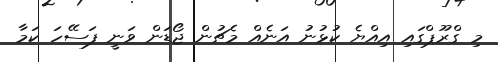
މި ގްރޫޕްގައި އިއްޔެ ކުޅުނު އަނެއް މެޗުން ޖޯޑަން ވަނީ ފަސޭހަ ކަމާ